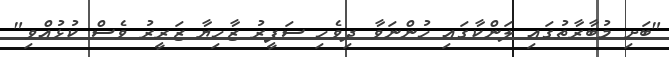
"ބަށި މުބާރާތުގައި ލަންކާގައި ހުންނަވާ ދިވެހި ސަފީރު ޒާހިޔާ ޒަރީރު ވެސް ކުޅުއްވި"